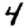
Digit: 4